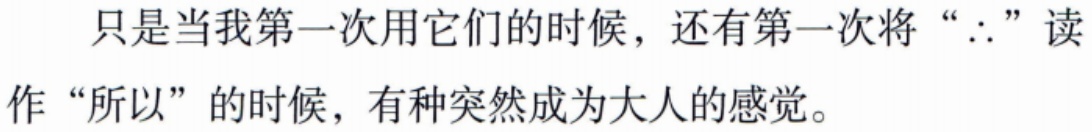
只是当我第一次用它们的时候，还有第一次将“$\therefore$”读作“所以”的时候，有种突然成为大人的感觉。